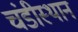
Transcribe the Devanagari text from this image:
चंडीस्‍थान